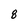
Character: 8